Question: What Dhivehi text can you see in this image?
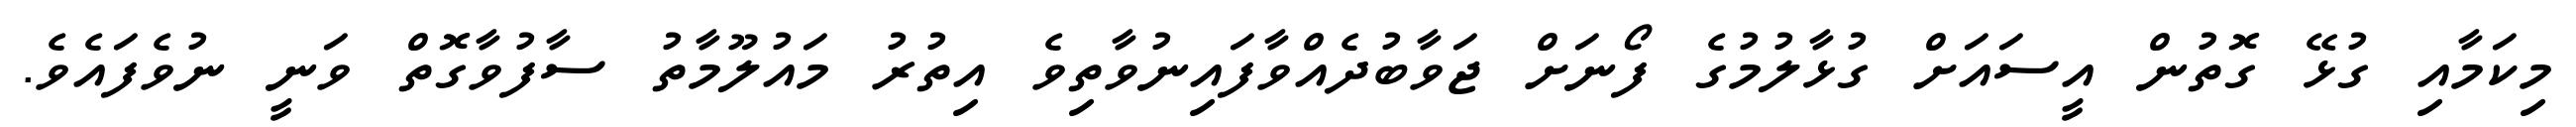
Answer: މިކަމާއި ގުޅޭ ގޮތުން އީސައަށް ގުޅާލުމުގެ ފޯނަށް ޖަވާބުދެއްވާފައިނުވާތިވެ އިތުރު މައުލޫމާތު ސާފުވާގޮތް ވަނީ ނުވެފައެވެ.